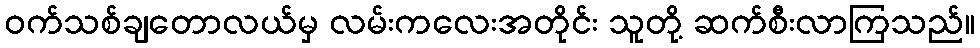
ဝက်သစ်ချတောလယ်မှ လမ်းကလေးအတိုင်း သူတို့ ဆက်စီးလာကြသည်။